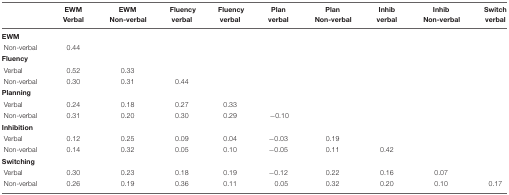
|  | EWM Verbal | EWM Non-verbal | Fluency verbal | Fluency verbal | Plan verbal | Plan Non-verbal | Inhib verbal | Inhib Non-verbal | Switch verbal |
 | --- | --- | --- | --- | --- | --- | --- | --- | --- | --- |
 | EWM |  |  |  |  |  |  |  |  |  |
 | Non-verbal | 0.44 |  |  |  |  |  |  |  |  |
 | Fluency |  |  |  |  |  |  |  |  |  |
 | Verbal | 0.52 | 0.33 |  |  |  |  |  |  |  |
 | Non-verbal | 0.30 | 0.31 | 0.44 |  |  |  |  |  |  |
 | Planning |  |  |  |  |  |  |  |  |  |
 | Verbal | 0.24 | 0.18 | 0.27 | 0.33 |  |  |  |  |  |
 | Non-verbal | 0.31 | 0.20 | 0.30 | 0.29 | -0.10 |  |  |  |  |
 | Inhibition |  |  |  |  |  |  |  |  |  |
 | Verbal | 0.12 | 0.25 | 0.09 | 0.04 | -0.03 | 0.19 |  |  |  |
 | Non-verbal | 0.14 | 0.32 | 0.05 | 0.10 | -0.05 | 0.11 | 0.42 |  |  |
 | Switching |  |  |  |  |  |  |  |  |  |
 | Verbal | 0.30 | 0.23 | 0.18 | 0.19 | -0.12 | 0.22 | 0.16 | 0.07 |  |
 | Non-verbal | 0.26 | 0.19 | 0.36 | 0.11 | 0.05 | 0.32 | 0.20 | 0.10 | 0.17 |